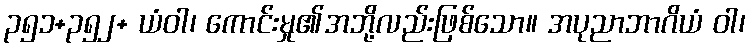
၃၅၁+၃၅၂+ ယံဝါ၊ ကောင်းမှု၏အဘို့လည်းဖြစ်သော။ အပုညာဘာဂိယံ ဝါ၊